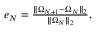
\begin{array} { r } { e _ { N } = \frac { \| \boldsymbol { \Omega } _ { N + 1 } - \boldsymbol { \Omega } _ { N } \| _ { 2 } } { \| \boldsymbol { \Omega } _ { N } \| _ { 2 } } , } \end{array}